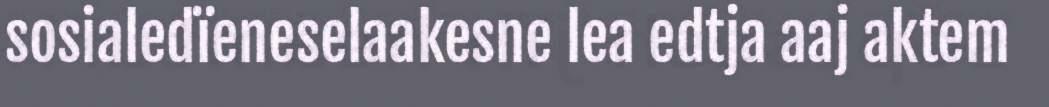
sosialedïeneselaakesne lea edtja aaj aktem